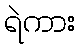
ရဲကား